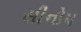
સીનોપ